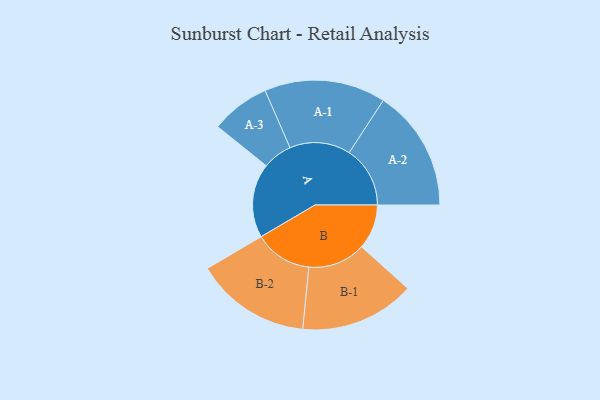
{"axis": {"x": "Segment", "y": "Value"}, "legend": ["", "A", "B"], "data": [{"x": "A", "y": 324, "type": ""}, {"x": "B", "y": 196, "type": ""}, {"x": "A-1", "y": 265, "type": "A"}, {"x": "A-2", "y": 266, "type": "A"}, {"x": "A-3", "y": 129, "type": "A"}, {"x": "B-1", "y": 251, "type": "B"}, {"x": "B-2", "y": 252, "type": "B"}]}